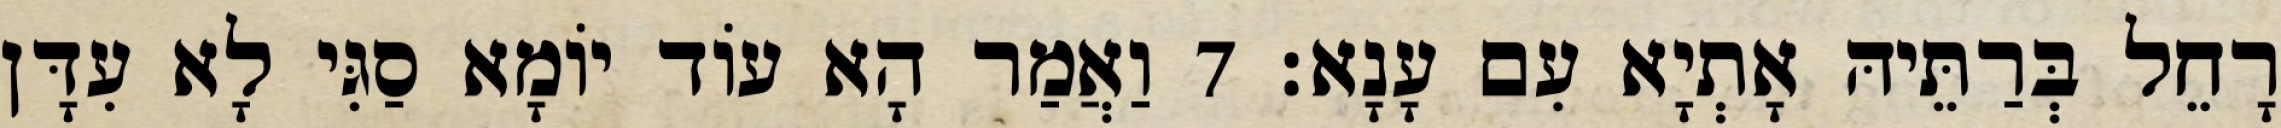
רָחֵל בְּרַתֵּיהּ אָתְיָא עִם עָנָא׃ 7 וַאֲמַר הָא עוֹד יוֹמָא סַגִּי לָא עִדָּן